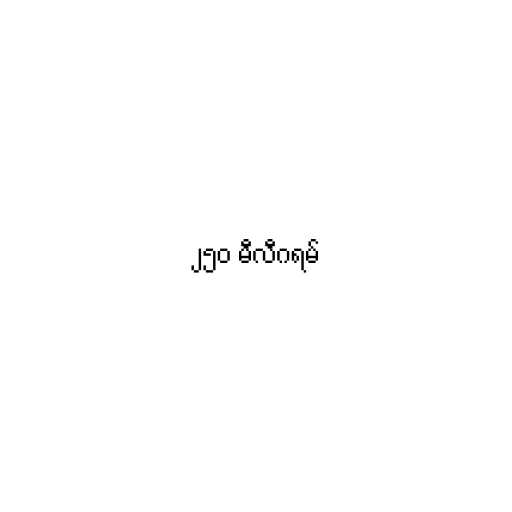
၂၅၀ မီလီဂရမ်